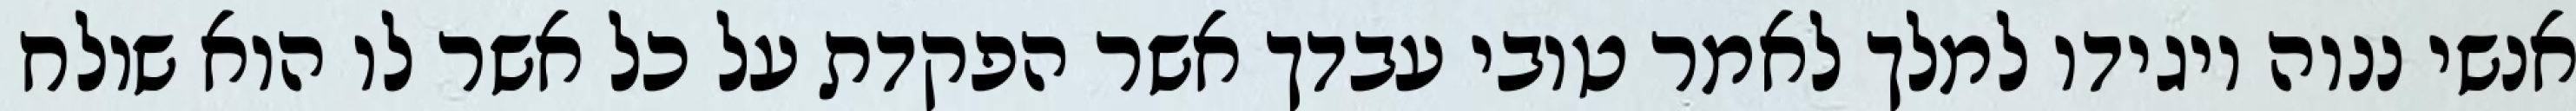
אנשי ננוה ויגידו למלך לאמר טובי עבדך אשר הפקדת על כל אשר לו הוא שולח